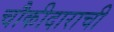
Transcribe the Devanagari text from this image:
चौकीदाराची